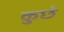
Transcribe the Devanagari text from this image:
कुछे